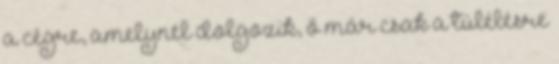
a cégre, amelynél dolgozik, ő már csak a túlélésre